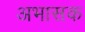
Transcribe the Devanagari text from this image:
अभासक